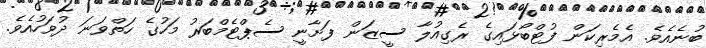
ބުނެއެވެ. އެމެރިކަން ފުޓްބޯޅައިގެ ރެގިއުލާ ސީޒަން ފަށާނީ ސެޕްޓެމްބަރު މަހުގެ ހަތްވަނަ ދުވަހުއެވެ.